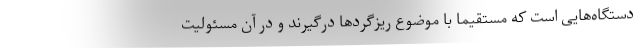
دستگاه‌هایی است که مستقیما با موضوع ریزگردها درگیرند و در آن مسئولیت